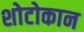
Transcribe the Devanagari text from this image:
शोटोकान